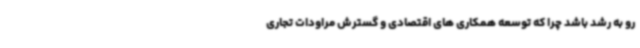
رو به رشد باشد چرا که توسعه همکاری های اقتصادی و گسترش مراودات تجاری